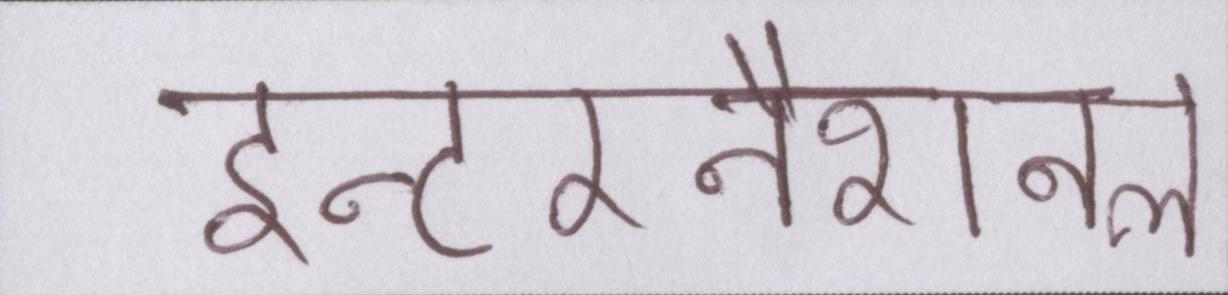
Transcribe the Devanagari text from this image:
इन्टरनैशनल